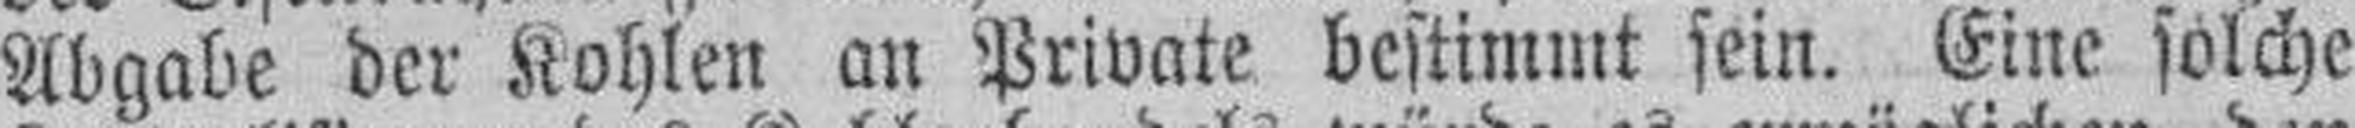
Abgabe der Kohlen an Private bestimmt sein. Eine solche